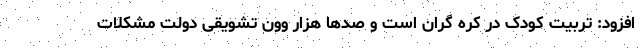
افزود: تربیت کودک در کره گران است و صدها هزار وون تشویقی دولت مشکلات